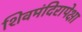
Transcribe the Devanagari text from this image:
शिवमंदिरापेक्षा